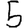
Digit: 5